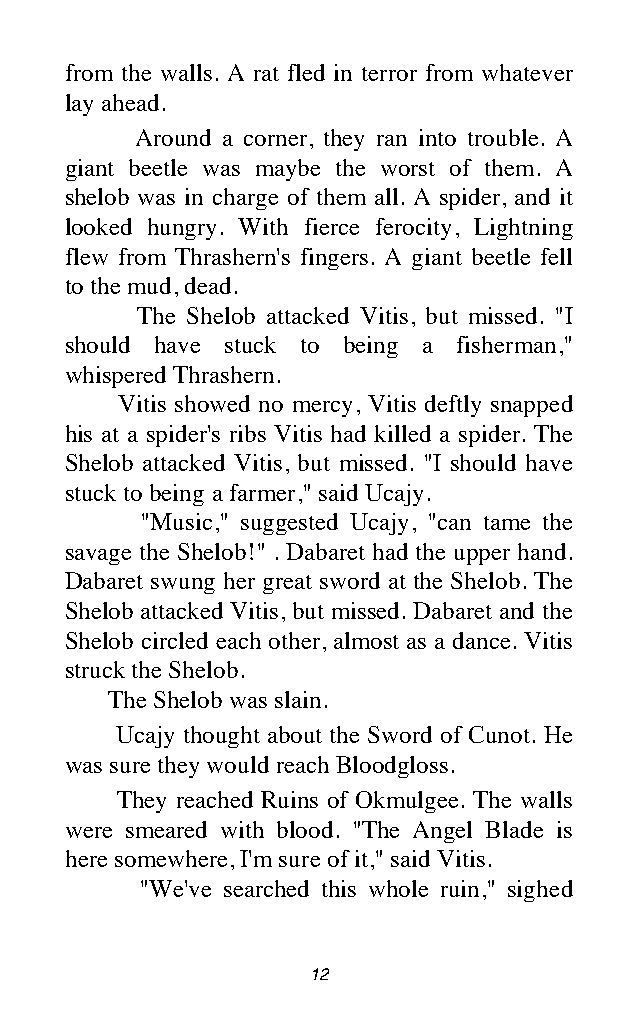
from the walls. A rat fled in terror from whatever
 lay ahead.
 Around a corner, they ran into trouble. A
 giant beetle was maybe the worst of them. A
 shelob was in charge of them all. A spider, and it
 looked hungry. With fierce ferocity, Lightning
 flew from Thrashern's fingers. A giant beetle fell
 to the mud, dead.
 The Shelob attacked Vitis, but missed. "I
 should have stuck to being a fisherman,"
 whispered Thrashern.
 Vitis showed no mercy, Vitis deftly snapped
 his at a spider's ribs Vitis had killed a spider. The
 Shelob attacked Vitis, but missed. "I should have
 stuck to being a farmer," said Ucajy.
 "Music," suggested Ucajy, "can tame the
 savage the Shelob!" . Dabaret had the upper hand.
 Dabaret swung her great sword at the Shelob. The
 Shelob attacked Vitis, but missed. Dabaret and the
 Shelob circled each other, almost as a dance. Vitis
 struck the Shelob.
 The Shelob was slain.
 Ucajy thought about the Sword of Cunot. He
 was sure they would reach Bloodgloss.
 They reached Ruins of Okmulgee. The walls
 were smeared with blood. "The Angel Blade is
 here somewhere, I'm sure of it," said Vitis.
 "We've searched this whole ruin," sighed
 12